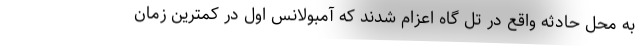
به محل حادثه واقع در تل گاه اعزام شدند که آمبولانس اول در کمترین زمان